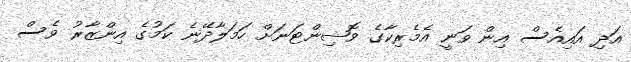
އަދި އައިއެސް އިން ވަނީ އެމެރިކާގެ ވޮޝިންޓަނަށް ހަމަލާދޭނެ ކަމުގެ އިންޒާރު ވެސް